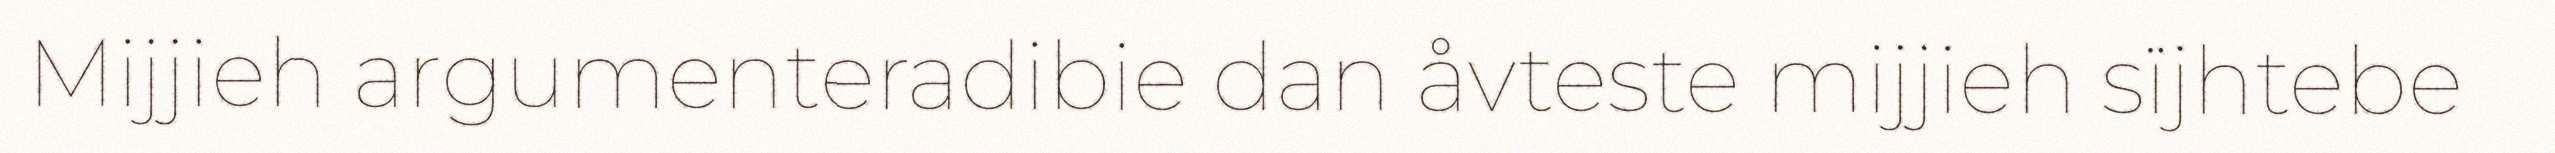
Mijjieh argumenteradibie dan åvteste mijjieh sïjhtebe